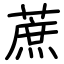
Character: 蔗